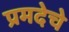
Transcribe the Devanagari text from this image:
प्रमदेचे